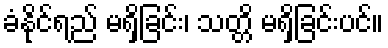
ခံနိုင်ရည် မရှိခြင်း၊ သတ္တိ မရှိခြင်းပင်။